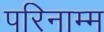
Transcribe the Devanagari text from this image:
परिनाम्म